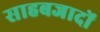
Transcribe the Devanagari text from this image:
साहबजादों